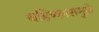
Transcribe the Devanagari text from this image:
बहिष्कारामुळे